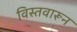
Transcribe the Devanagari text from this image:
विस्तवारून